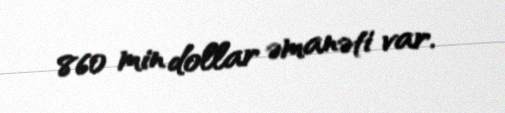
860 min dollar əmanəti var.